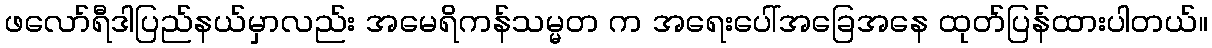
ဖလော်ရီဒါပြည်နယ်မှာလည်း အမေရိကန်သမ္မတ က အရေးပေါ်အခြေအနေ ထုတ်ပြန်ထားပါတယ်။